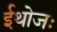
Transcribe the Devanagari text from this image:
ईथोजः